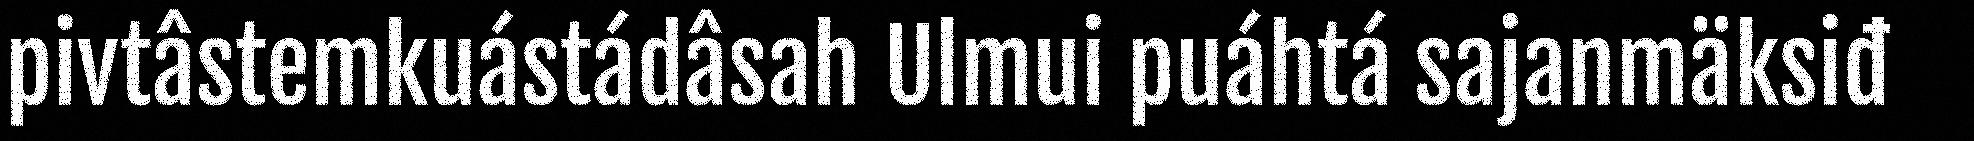
pivtâstemkuástádâsah Ulmui puáhtá sajanmäksiđ